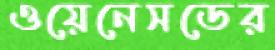
ওয়েনেসডের